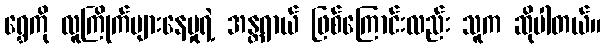
ရွှေကို လူကြိုက်များနေမှုရဲ့ အန္တရာယ် ဖြစ်ကြောင်းလည်း သူက ဆိုပါတယ်။